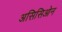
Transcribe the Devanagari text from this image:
असिसिओन